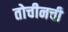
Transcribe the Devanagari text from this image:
तोचीनची